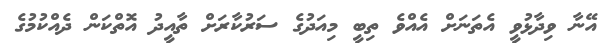
އޭނާ ވިދާޅުވީ އެތަނަށް އެއްވެ ތިބީ މިއަދުގެ ސަރުކާރަށް ތާއީދު އޮތްކަން ދެއްކުމުގެ